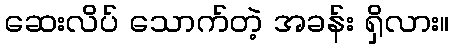
ဆေးလိပ် သောက်တဲ့ အခန်း ရှိလား။